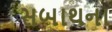
સબાથના